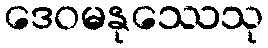
ဒေဝမနုဿေသု